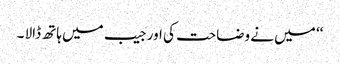
‘‘ میں نے وضاحت کی اور جیب میں ہاتھ ڈالا ۔